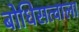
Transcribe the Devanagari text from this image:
बोधिसत्वाला